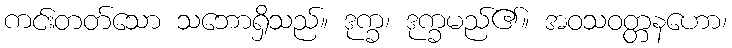
ကင်းတတ်သော သဘောရှိသည်။ ဒုက္ခ၊ ဒုက္ခမည်၏။ အဝသဝတ္တနဟော၊